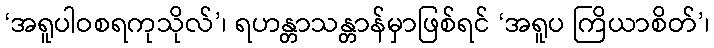
‘အရူပါဝစရကုသိုလ်’၊ ရဟန္တာသန္တာန်မှာဖြစ်ရင် ‘အရူပ ကြိယာစိတ်’၊